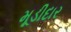
મૂડીદાર